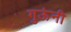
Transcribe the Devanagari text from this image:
गुऊंनी